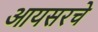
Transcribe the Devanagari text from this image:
आयसरचे